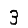
Digit: 3